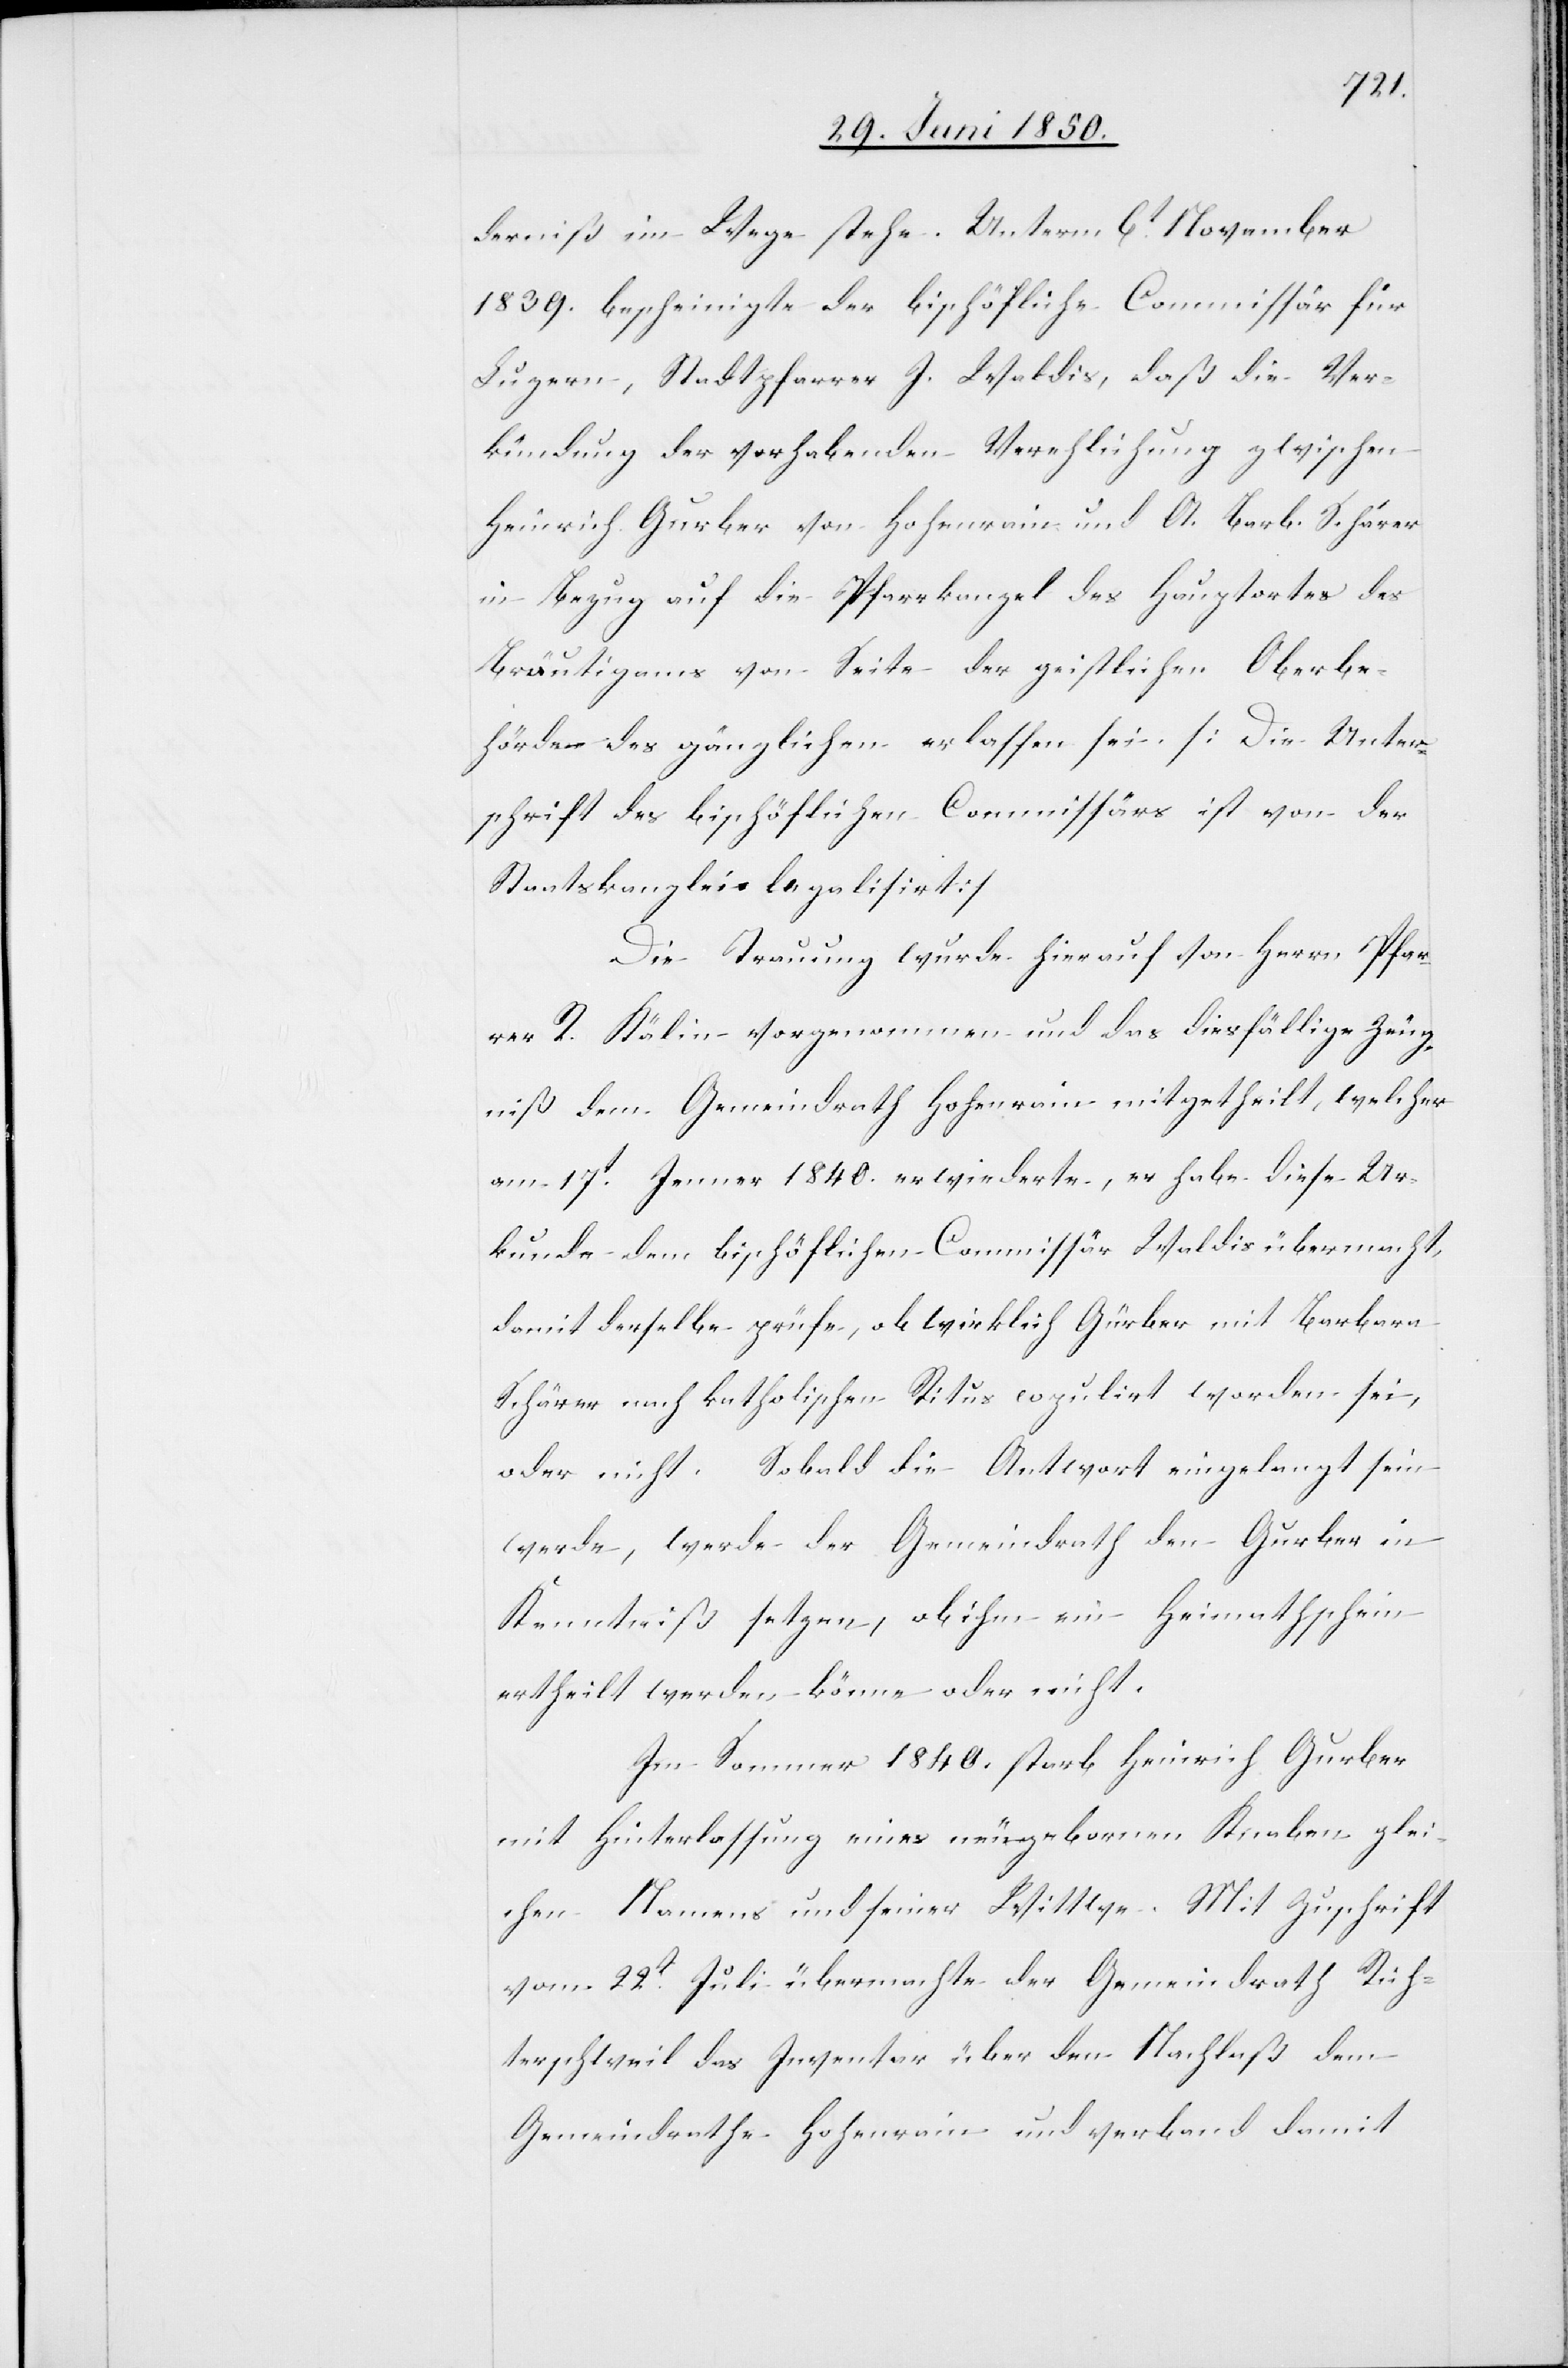
derniß im Wege stehe. Unterm 6t November
1839. bescheinigte der bischöfliche Commissär für
Luzern, Stadtpfarrer J. Waldis, daß die Ver¬
kündung der vorhabenden Verehlichung zwischen
Heinrich Gurber von Hohenrain und A. Barb. Schärer
in Bezug auf die Pfarrkanzel des Hauptortes des
Bräutigams von Seite der geistlichen Oberbe¬
hörde des gänzlichen erlassen sei. [Die Unter¬
schrift des bischöflichen Commissärs ist von der
Staatskanzlei legalisirt]
Die Trauung wurde hierauf von HerrnPfar¬
rer R. Kälin vorgenommen und das diesfällige Zeug¬
niß dem Gemeindrath Hohenrain mitgetheilt, welcher
am 17t Jenner 1840. erwiederte, er habe diese Ur¬
kunde dem bischöflichen Commissär Waldis übermacht,
damit derselbe prüfe, ob wirklich G¨rber mit Barbara
Schärer nach katholischen Ritus copulirt worden sei,
oder nicht. Sobald die Antwort eingelangt sein
werde, werde der Gemeindrath den Gurber in
Kenntniß setzen, ob ihm ein Heimathschein
ertheilt werden könne oder nicht.
Im Sommer 1840. starb Heinrich Gurber
mit Hinterlassung eines neugebornen Knaben glei¬
chen Namens und seiner Wittwe. Mit Zuschrift
vom 22t Juli übermachte der Gemeindrath Rich¬
terschweil das Inventar über den Nachlaß dem
Gemeindrathe Hohenrain und verband damit